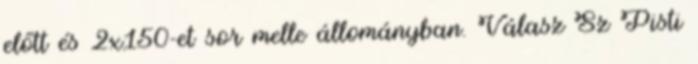
előtt és 2x150-et sor melle állományban. Válasz Sz Pisti